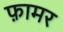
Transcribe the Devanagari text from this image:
फ़ामर